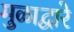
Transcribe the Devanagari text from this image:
मुळाद्वारे